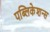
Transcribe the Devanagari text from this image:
पब्लिकेशन्‍स